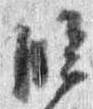
臨